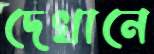
দেখানে